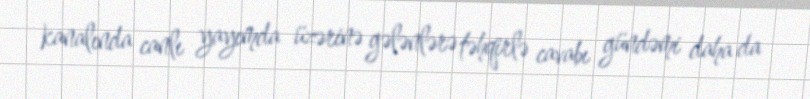
kanalında canlı yayımda üzərinə gələnlərə təhqirlə cavabı gündəmi daha da